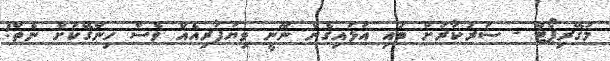
މަގޭރިޕޯޓް - ސަރުކާރަށް ބައި އަޅައިގެން ނޫނީ ވިޔަފާރިއެއް ވެސް ހިންގޭކަށް ނެތް!